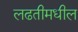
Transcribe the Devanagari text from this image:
लढतीमधील